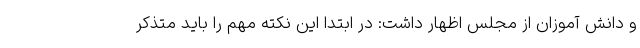
و دانش آموزان از مجلس اظهار داشت: در ابتدا این نکته مهم را باید متذکر